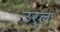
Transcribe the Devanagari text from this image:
उरुल